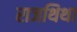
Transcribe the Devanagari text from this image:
राजथिथा